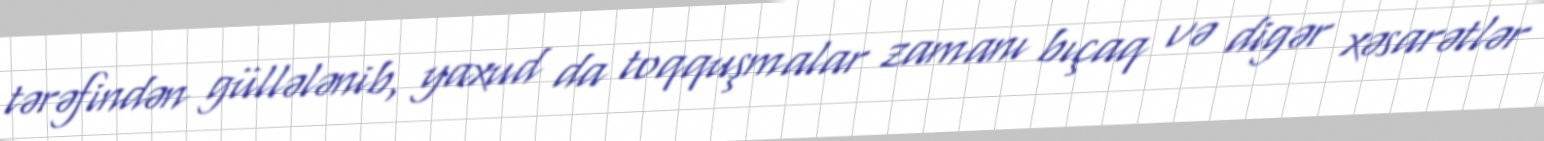
tərəfindən güllələnib, yaxud da toqquşmalar zamanı bıçaq və digər xəsarətlər